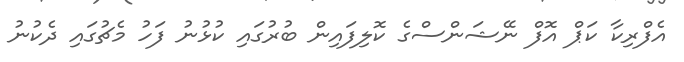
އެފްރިކާ ކަޕް އޮފް ނޭޝަންސްގެ ކޮލިފައިން ބުރުގައި ކުޅުނު ފަހު މެޗުގައި ދެކުނު